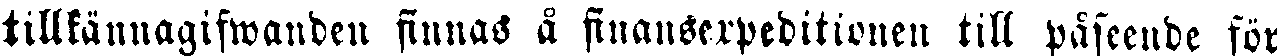
tillkännagifwanden finnas å finansexpeditionen till påseende för